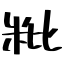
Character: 粃